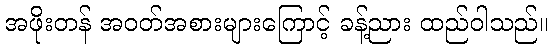
အဖိုးတန် အဝတ်အစားများကြောင့် ခန့်ညား ထည်ဝါသည်။